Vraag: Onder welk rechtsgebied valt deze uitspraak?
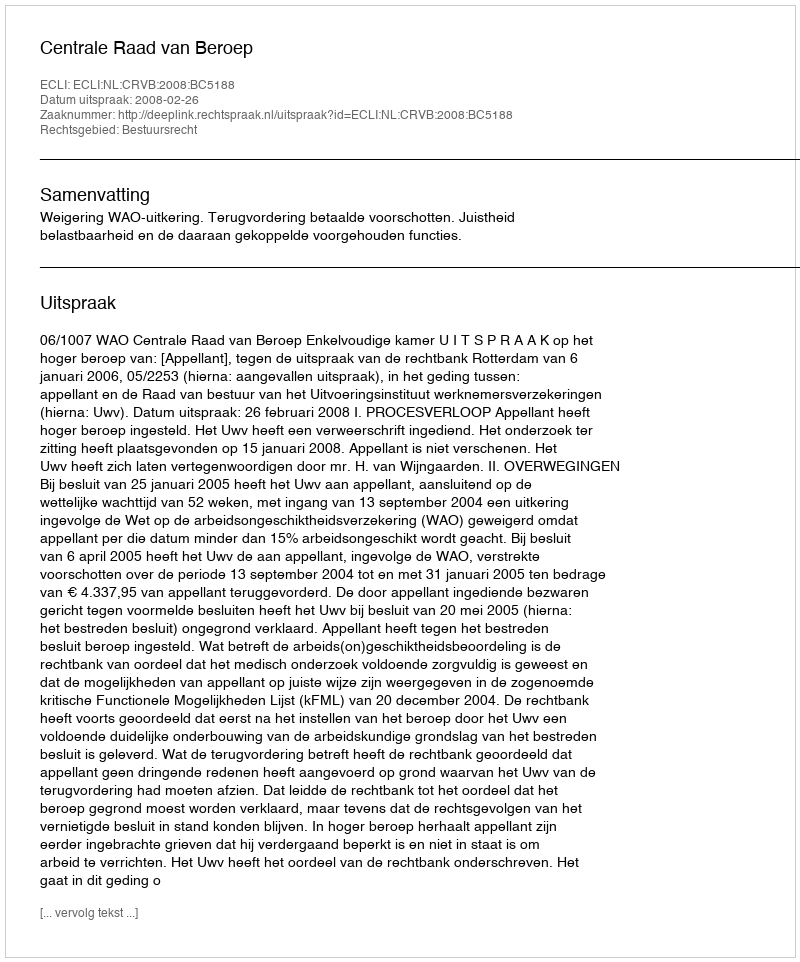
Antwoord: Bestuursrecht